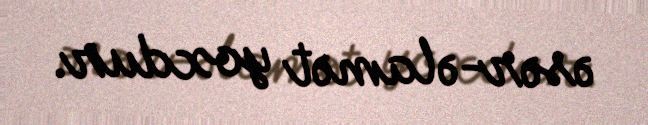
əsər-əlamət yoxdur.